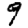
Digit: 9